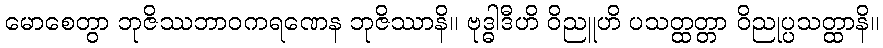
မောစေတွာ ဘုဇိဿဘာဝကရဏေန ဘုဇိဿာနိ။ ဗုဒ္ဓါဒီဟိ ဝိညူဟိ ပသတ္ထတ္တာ ဝိညုပ္ပသတ္ထာနိ။